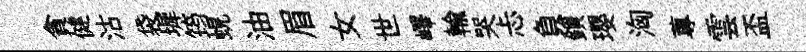
貪健沽袋墀筠蜆油眉女世嶧輸哭忐負鎖瓔洶蓴雲盃